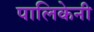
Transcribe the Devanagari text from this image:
पालिकेनी